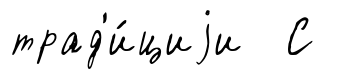
трад'и́циjи С